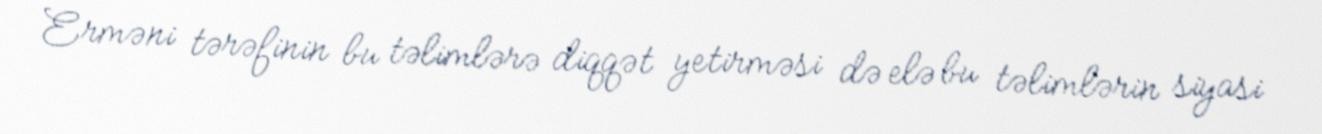
Erməni tərəfinin bu təlimlərə diqqət yetirməsi də elə bu təlimlərin siyasi